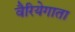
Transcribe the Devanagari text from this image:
वैरियेगाता